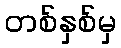
တစ်နှစ်မှ